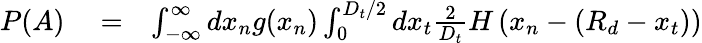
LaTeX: \begin{array}{rlr}{P(A)}&{{}=}&{\int_{-\infty}^{\infty}dx_{n}g(x_{n})\int_{0}^{D_{t}/2}dx_{t}\frac{2}{D_{t}}H\left(x_{n}-(R_{d}-x_{t})\right)}\end{array}